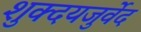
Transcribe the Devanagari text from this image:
शुक्दयजुर्वेद